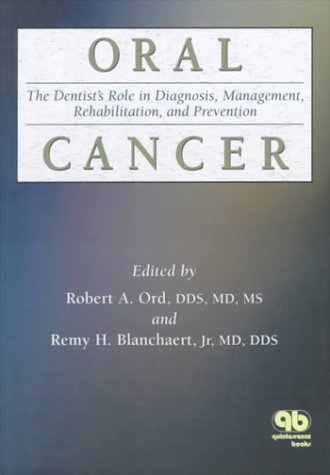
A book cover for Oral Cancer: The Dentist's Role in Diagnosis, Management, Rehabilitation, and Prevention; Robert A. Ord; Medical Books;